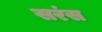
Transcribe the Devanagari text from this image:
सरंस